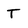
Character: T